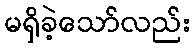
မရှိခဲ့သော်လည်း